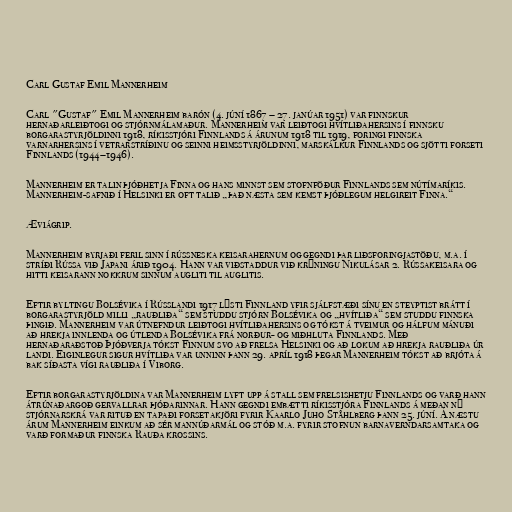
Carl Gustaf Emil Mannerheim

Carl "Gustaf" Emil Mannerheim barón (4. júní 1867 – 27. janúar 1951) var finnskur
hernaðarleiðtogi og stjórnmálamaður. Mannerheim var leiðtogi hvítliðahersins í finnsku
borgarastyrjöldinni 1918, ríkisstjóri Finnlands á árunum 1918 til 1919, foringi finnska
varnarhersins í vetrarstríðinu og seinni heimsstyrjöldinni, marskálkur Finnlands og sjötti forseti
Finnlands (1944–1946).

Mannerheim er talin þjóðhetja Finna og hans minnst sem stofnföður Finnlands sem nútímaríkis.
Mannerheim-safnið í Helsinki er oft talið „það næsta sem kemst þjóðlegum helgireit Finna.“

Æviágrip.

Mannerheim byrjaði feril sinn í rússneska keisarahernum og gegndi þar liðsforingjastöðu, m.a. í
stríði Rússa við Japani árið 1904. Hann var viðstaddur við krýningu Nikulásar 2. Rússakeisara og
hitti keisarann nokkrum sinnum augliti til auglitis.

Eftir byltingu Bolsévika í Rússlandi 1917 lýsti Finnland yfir sjálfstæði sínu en steyptist brátt í
borgarastyrjöld milli „rauðliða“ sem studdu stjórn Bolsévika og „hvítliða“ sem studdu finnska
þingið. Mannerheim var útnefndur leiðtogi hvítliðahersins og tókst á tveimur og hálfum mánuði
að hrekja innlenda og útlenda Bolsévika frá norður- og miðhluta Finnlands. Með
hernaðaraðstoð Þjóðverja tókst Finnum svo að frelsa Helsinki og að lokum að hrekja rauðliða úr
landi. Eiginlegur sigur hvítliða var unninn þann 29. apríl 1918 þegar Mannerheim tókst að brjóta á
bak síðasta vígi rauðliða í Viborg.

Eftir borgarastyrjöldina var Mannerheim lyft upp á stall sem frelsishetju Finnlands og varð hann
átrúnaðargoð gervallrar þjóðarinnar. Hann gegndi embætti ríkisstjóra Finnlands á meðan ný
stjórnarskrá var rituð en tapaði forsetakjöri fyrir Kaarlo Juho Ståhlberg þann 25. júní. Á næstu
árum Mannerheim einkum að sér mannúðarmál og stóð m.a. fyrir stofnun barnaverndarsamtaka og
varð formaður finnska Rauða krossins.